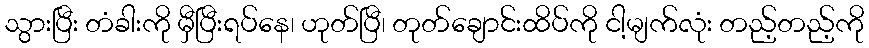
သွားပြီး တံခါးကို မှီပြီးရပ်နေ၊ ဟုတ်ပြီ၊ တုတ်ချောင်းထိပ်ကို ငါ့မျက်လုံး တည့်တည့်ကို